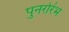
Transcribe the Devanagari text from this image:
पुनर्रारंभ